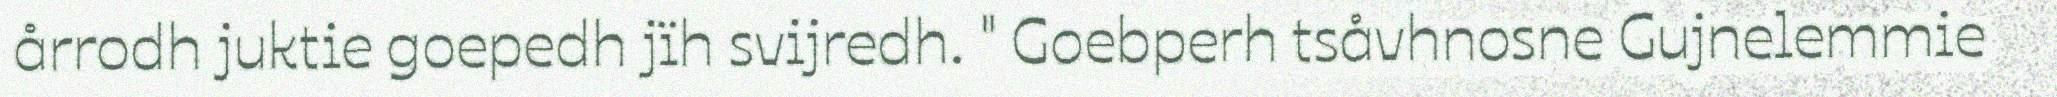
årrodh juktie goepedh jïh svijredh. " Goebperh tsåvhnosne Gujnelemmie